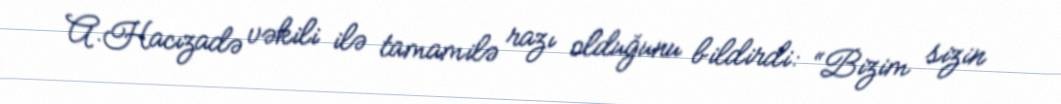
A.Hacızadə vəkili ilə tamamilə razı olduğunu bildirdi: “Bizim sizin